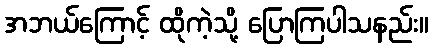
အဘယ်ကြောင့် ထိုကဲ့သို့ ပြောကြပါသနည်း။